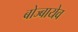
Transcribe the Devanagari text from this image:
बोज्बायेव